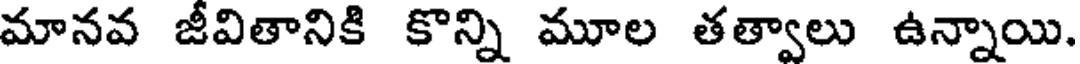
మానవ జీవితానికి కొన్ని మూల తత్వాలు ఉన్నాయి.